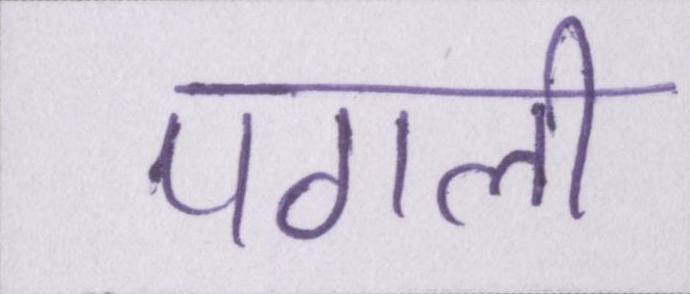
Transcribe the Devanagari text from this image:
पगली